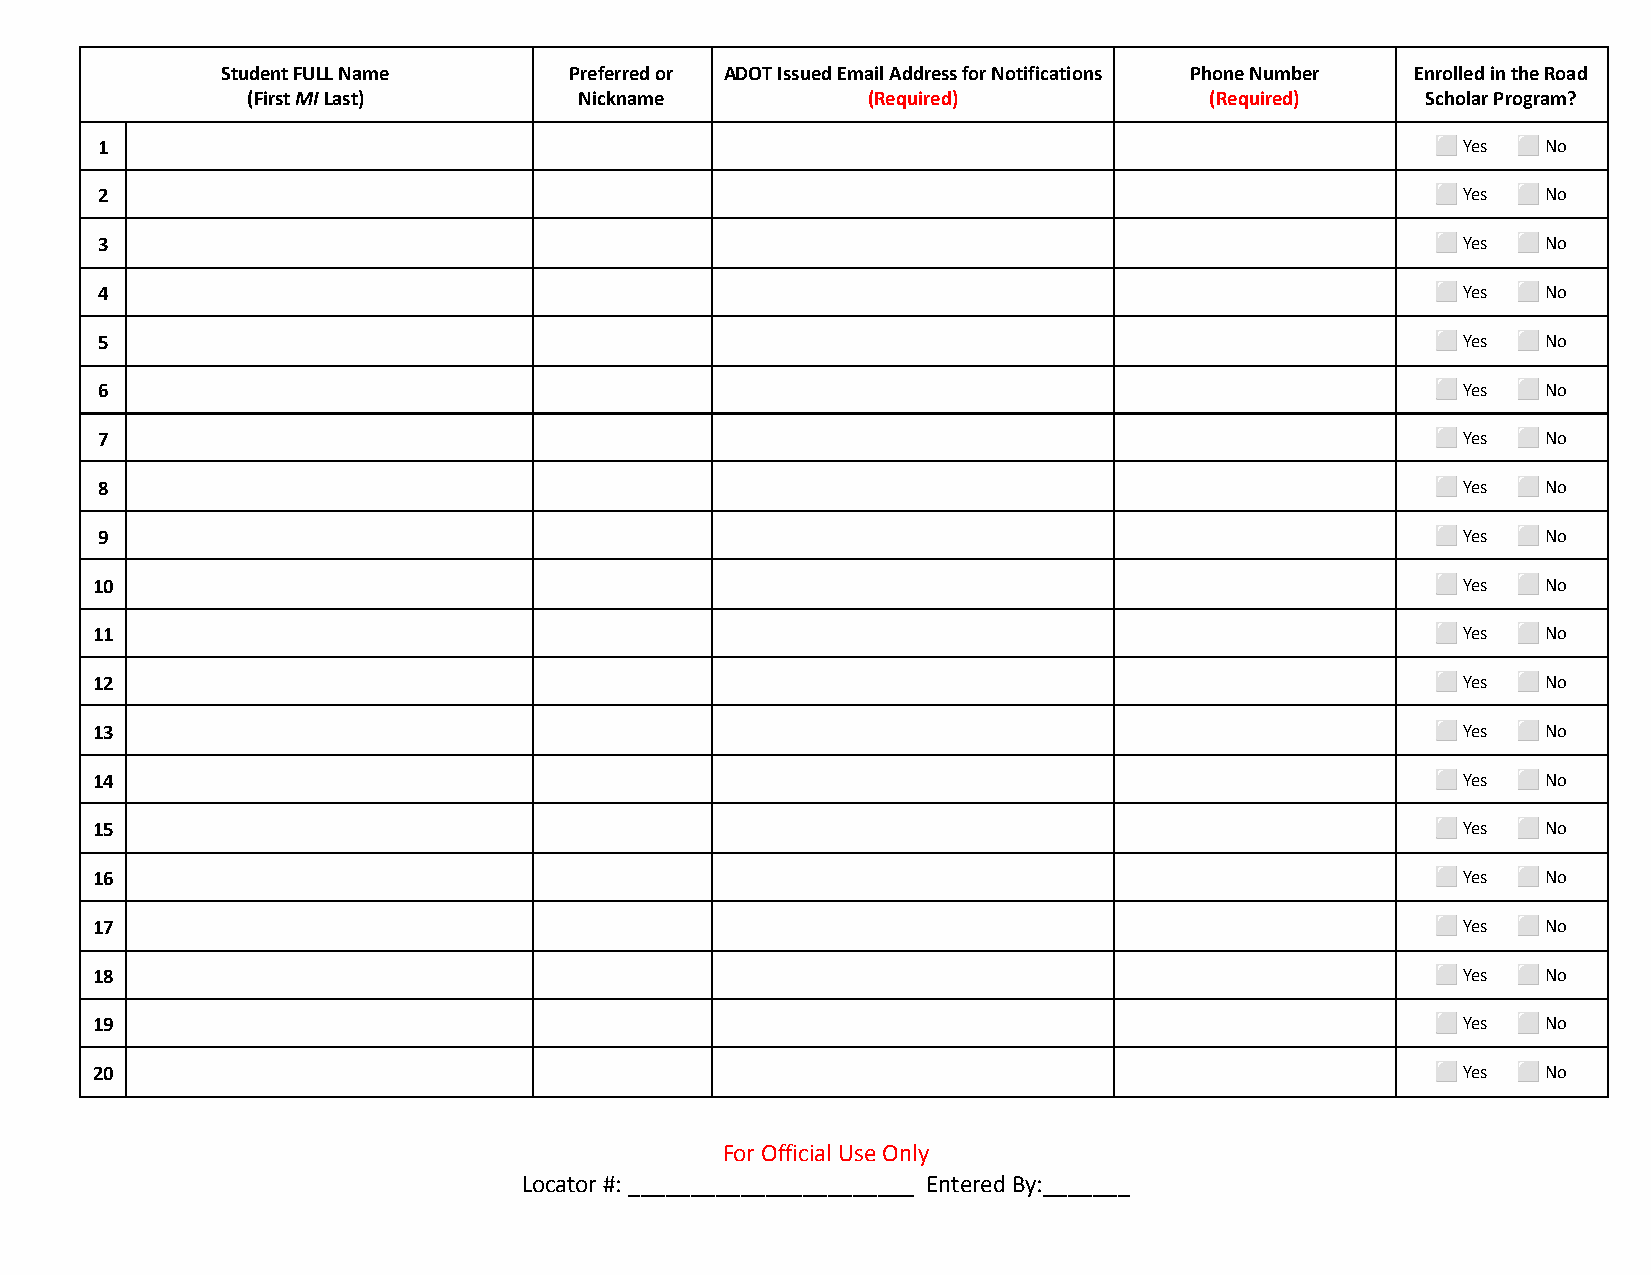
Student FULL Name      Preferred or ADOT Issued Email Address for Notifications Phone Number Enrolled in the Road
 (FirstMILast)         Nickname           (Required)             (Required)    Scholar Program?
 1                                                                                        ⬜ Yes ⬜ No
 2                                                                                        ⬜ Yes ⬜ No
 3                                                                                        ⬜ Yes ⬜ No
 4                                                                                        ⬜ Yes ⬜ No
 5                                                                                        ⬜ Yes ⬜ No
 6                                                                                        ⬜ Yes ⬜ No
 7                                                                                        ⬜ Yes ⬜ No
 8                                                                                        ⬜ Yes ⬜ No
 9                                                                                        ⬜ Yes ⬜ No
 10                                                                                       ⬜ Yes ⬜ No
 11                                                                                       ⬜ Yes ⬜ No
 12                                                                                       ⬜ Yes ⬜ No
 13                                                                                       ⬜ Yes ⬜ No
 14                                                                                       ⬜ Yes ⬜ No
 15                                                                                       ⬜ Yes ⬜ No
 16                                                                                       ⬜ Yes ⬜ No
 17                                                                                       ⬜ Yes ⬜ No
 18                                                                                       ⬜ Yes ⬜ No
 19                                                                                       ⬜ Yes ⬜ No
 20                                                                                       ⬜ Yes ⬜ No
 For Official Use Only
 Locator #: _______________________ Entered By:_______